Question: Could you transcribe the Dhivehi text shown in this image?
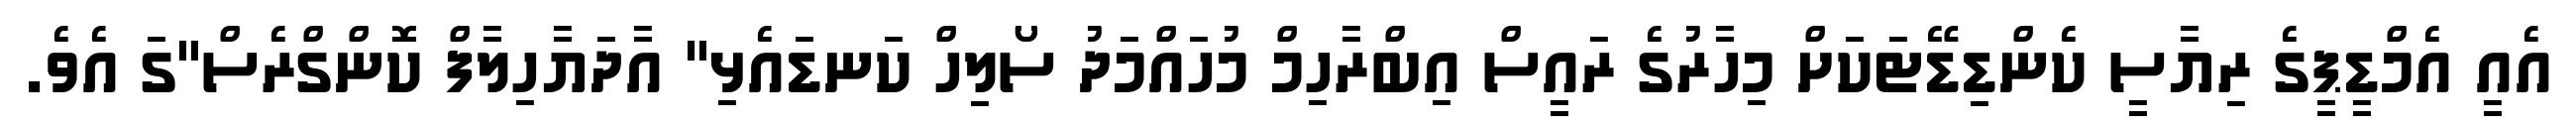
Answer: އެއީ އެމްޑީޕީގެ ރިޔާސީ ކެންޑިޑޭޓަކަށް މިހާރުގެ ރައީސް އިބްރާހިމް މުހައްމަދު ސޯލިހް ކަނޑައެޅި" އާދަޔާހިލާފް ކޮންގްރެސް"ގަ އެވެ.